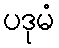
ပဒုမံ